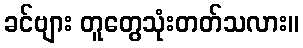
ခင်ဗျား တူတွေသုံးတတ်သလား။